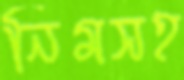
নিমসহ